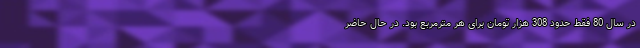
در سال 80 فقط حدود 308 هزار تومان برای هر مترمربع بود. در حال حاضر